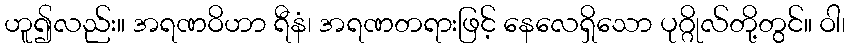
ဟူ၍လည်း။ အရဏဝိဟာ ရီနံ၊ အရဏတရားဖြင့် နေလေရှိသော ပုဂ္ဂိုလ်တို့တွင်။ ဝါ၊